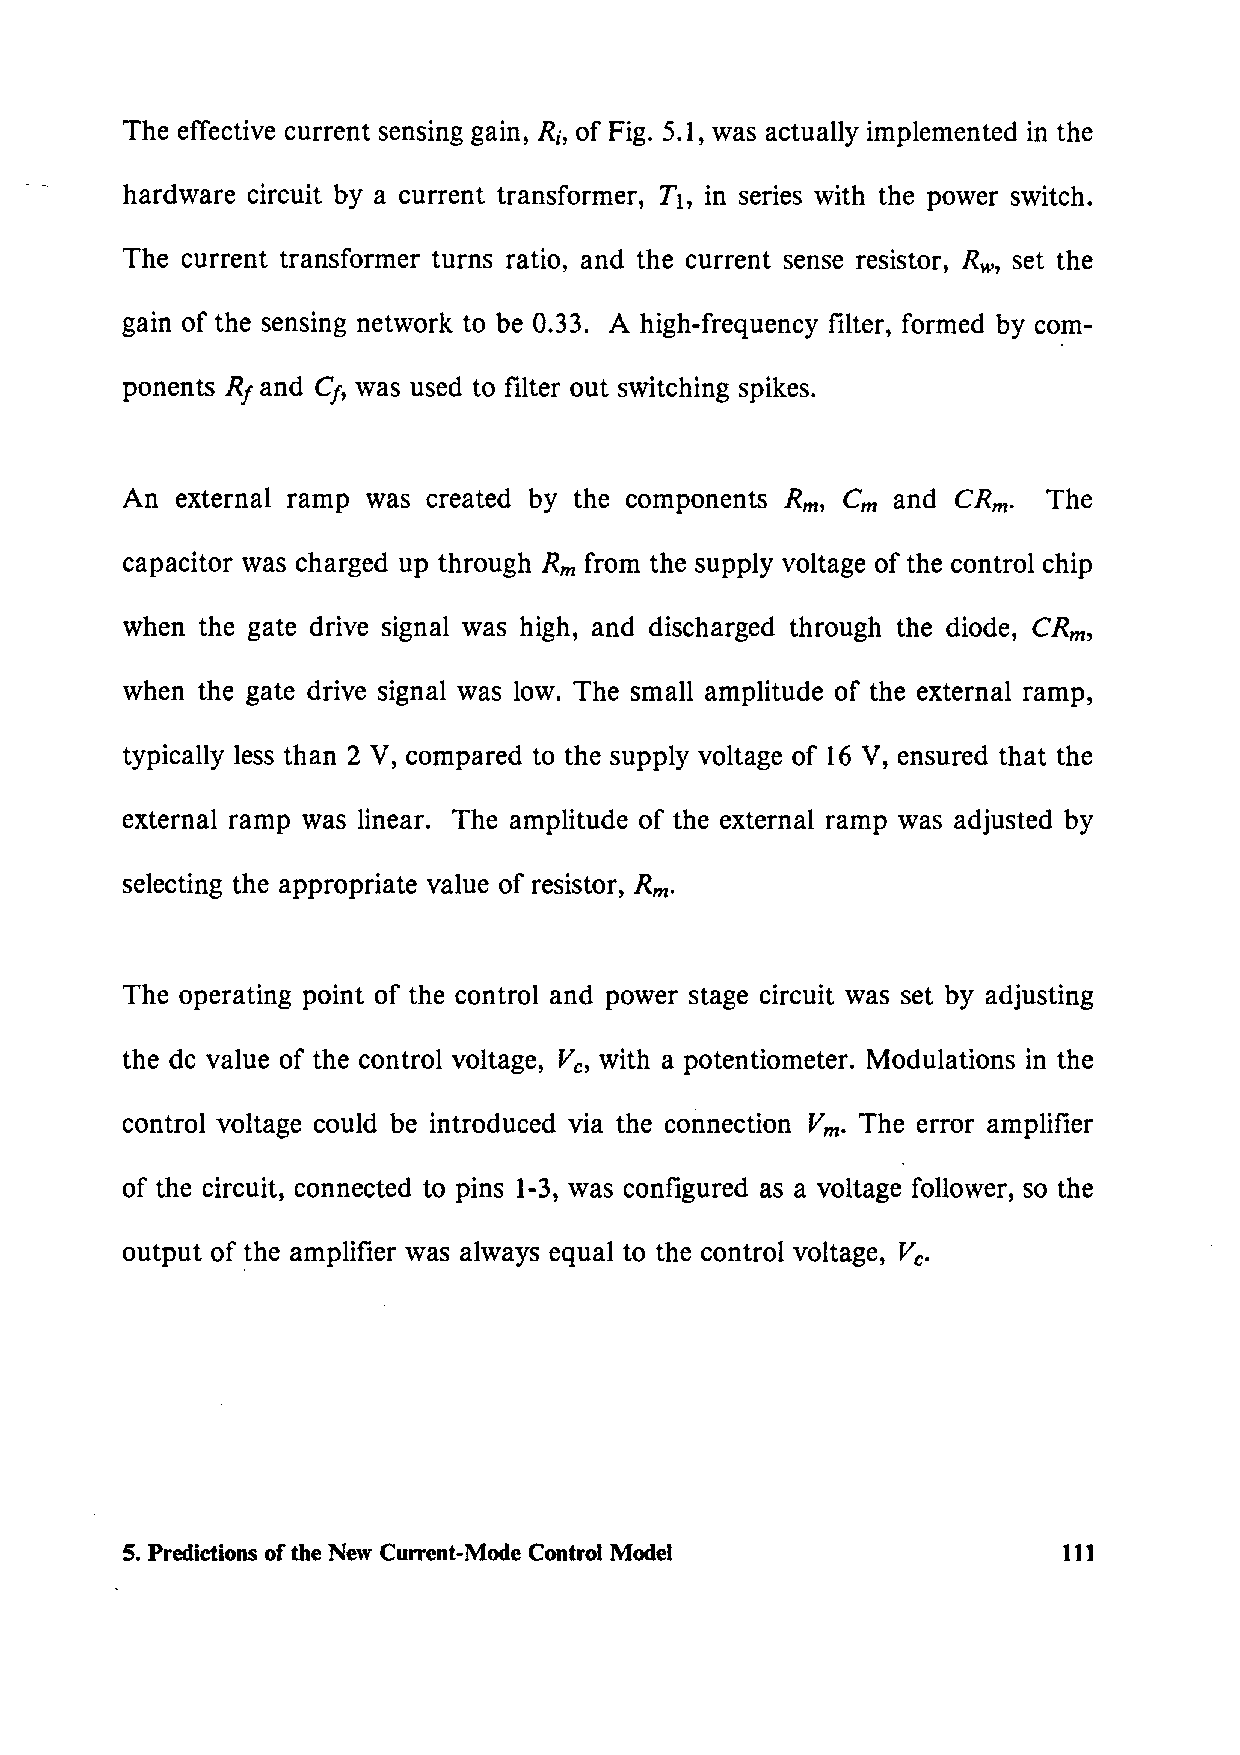
The effective current sensing gain, Ri, of Fig. 5.1, was actually implemented in the
 hardware circuit by a current transformer, T 1, in series with the power switch.
 The current transformer turns ratio, and the current sense resistor, Rw, set the
 gain of the sensing network to be 0.33. A high-frequency filter, formed by com-
 ponents Rt and Ct, was used to filter out switching spikes.
 An  external ramp was created by the components Rm, Cm and CRm. The
 capacitor was charged up through Rm from the supply voltage of the control chip
 when the gate drive signal was high, and discharged through the diode, CRm,
 when the gate drive signal was low. The small amplitude of the external ramp,
 typically less than 2 V, compared to the supply voltage of 16 V, ensured that the
 external ramp was linear. The amplitude of the external ramp was adjusted by
 selecting the appropriate value of resistor, Rm.
 The operating point of the control and power stage circuit was set by adjusting
 the de value of the control voltage, Ve, with a potentiometer. Modulations in the
 control voltage could be introduced via the connection Vm · The error amplifier
 of the circuit, connected to pins 1-3, was configured as a voltage follower, so the
 output of the amplifier was always equal to the control voltage, Ve.
 5. Predictions of the New Current-Mode Control Model          111